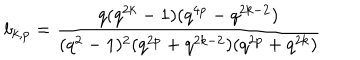
b _ { k , p } = \frac { q ( q ^ { 2 k } - 1 ) ( q ^ { 4 p } - q ^ { 2 k - 2 } ) } { ( q ^ { 2 } - 1 ) ^ { 2 } ( q ^ { 2 p } + q ^ { 2 k - 2 } ) ( q ^ { 2 p } + q ^ { 2 k } ) }